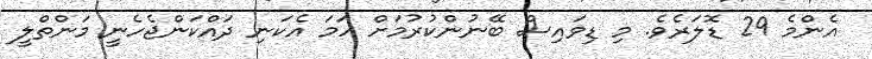
އެންމެ 29 ޑޮލަރެވެ. މި ޑިވައިސް ބޭނުންކުރުމަށް ހަމަ އެކަނި ދައްކަންޖެހެނީ މަންތްލީ